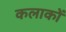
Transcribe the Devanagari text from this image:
कलाकों